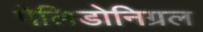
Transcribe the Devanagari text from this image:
पेलिडोनिग्रल